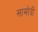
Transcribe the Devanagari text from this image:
सामोदी